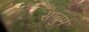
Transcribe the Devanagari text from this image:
साब्रुम